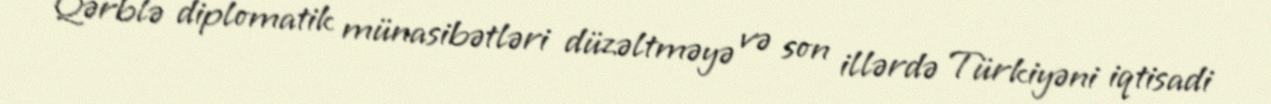
Qərblə diplomatik münasibətləri düzəltməyə və son illərdə Türkiyəni iqtisadi